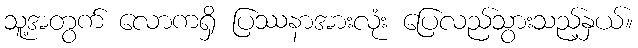
သူ့အတွက် လောကရှိ ပြဿနာအားလုံး ပြေလည်သွားသည့်နှယ်။